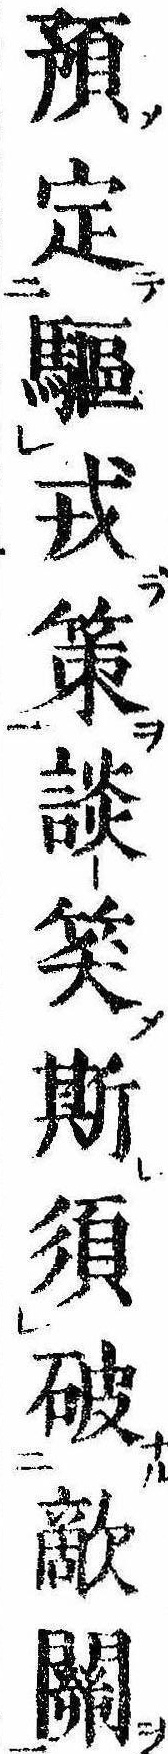
預定駆戎策談笑斯須破敵関